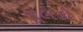
મૂલકો